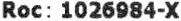
ROC: 1026984-X